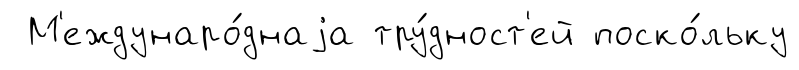
М'еждунаро́днаjа тру́дност'ей поско́льку